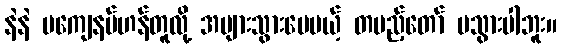
နဲနဲ မကျေနပ်ဟန်တူလို့ အများသွားပေမယ့် တပည့်တော် မသွားပါဘူး။